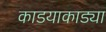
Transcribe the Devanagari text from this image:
काडयाकाड्या